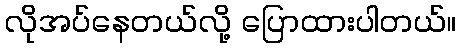
လိုအပ်နေတယ်လို့ ပြောထားပါတယ်။